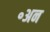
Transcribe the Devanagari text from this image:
॰अन